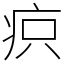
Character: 疻